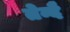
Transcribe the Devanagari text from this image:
तेन्दै